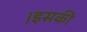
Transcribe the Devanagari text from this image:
।इसकी